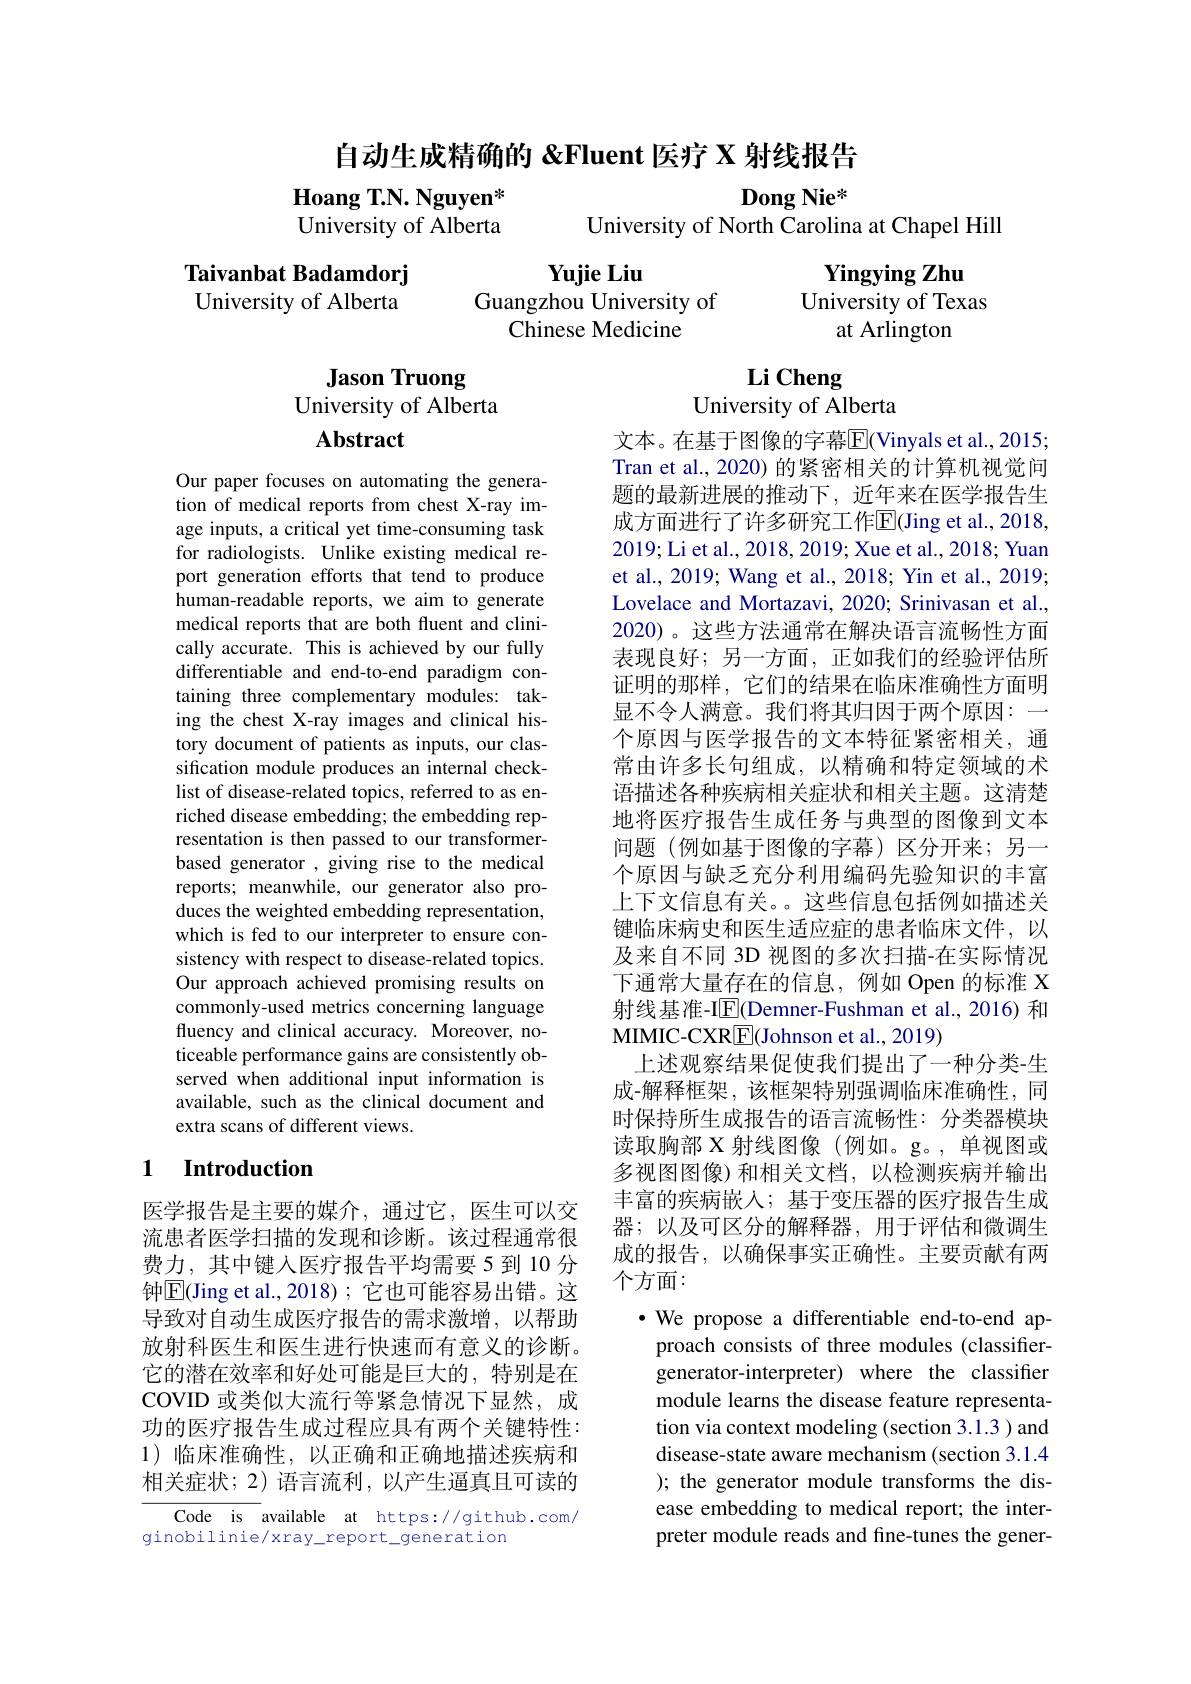
自动生成精确的 <Fluent 医疗 X 射线报告

$\mathbf{DongNie^*}$
Hoang T.N. Nguyen* University of Alberta
University of North Carolina at Chapel Hill

Taivanbat Badamdorj University of Alberta

Yingying Zhu
University of Texas
at Arlington

$\mathbf{YujieLiu}$
Guangzhou University of
Chinese Medicine

Li Cheng
University of Alberta

# Jason Truong University of Alberta Abstract

Our paper focuses on automating the generation of medical reports from chest X-ray image inputs, a critical yet time-consuming task for radiologists. Unlike existing medical report generation efforts that tend to produce human-readable reports, we aim to generate medical reports that are both fluent and clinically accurate. This is achieved by our fully differentiable and end-to-end paradigm containing three complementary modules: taking the chest X-ray images and clinical history document of patients as inputs, our classification module produces an internal checklist of disease-related topics, referred to as enriched disease embedding; the embedding representation is then passed to our transformerbased generator , giving rise to the medical reports; meanwhile, our generator also produces the weighted embedding representation, which is fed to our interpreter to ensure consistency with respect to disease-related topics. Our approach achieved promising results on commonly-used metrics concerning language fluency and clinical accuracy. Moreover, noticeable performance gains are consistently observed when additional input information is available, such as the clinical document and extra scans of different views.

文本。在基于图像的字幕$\overline{\mathrm{E}}$(Vinyals et al., 20153 Tran et al., 2020) 的紧密相关的计算机视觉问题的最新进展的推动下，近年来在医学报告生成方面进行了许多研究工作$\overline{\mathrm{E}}($Jing et al., 2018, 2019; Li et al., 2018, 2019; Xue et al., 2018; Yuan et al., 2019; Wang et al., 2018; Yin et al., 2019; Lovelace and Mortazavi, 2020; Srinivasan et al., 2020)。这些方法通常在解决语言流畅性方面表现良好；另一方面，正如我们的经验评估所证明的那样，它们的结果在临床准确性方面明显不令人满意。我们将其归因于两个原因：— 个原因与医学报告的文本特征紧密相关，通常由许多长句组成，以精确和特定领域的术语描述各种疾病相关症状和相关主题。这清楚地将医疗报告生成任务与典型的图像到文本问题(例如基于图像的字幕)区分开来；另一个原因与缺乏充分利用编码先验知识的丰富上下文信息有关。这些信息包括例如描述关键临床病史和医生适应症的患者临床文件，以及来自不同 3D 视图的多次扫描-在实际情况下通常大量存在的信息，例如 Open 的标准 X 射线基准-I$\overline{\mathrm{E}}($Demner-Fushman et al.,2016) 和MIMIC-CXR$\underline{\mathrm{E}}($Johnson et al., 2019)
上述观察结果促使我们提出了一种分类-生成-解释框架，该框架特别强调临床准确性，同时保持所生成报告的语言流畅性：分类器模块读取胸部 X 射线图像(例如。g。,单视图或多视图图像)和相关文档，以检测疾病并输出丰富的疾病嵌人；基于变压器的医疗报告生成器；以及可区分的解释器，用于评估和微调生成的报告，以确保事实正确性。主要贡献有两个方面：
$\bullet$ We propose a differentiable end-to-end ap-

# 1 Introduction

医学报告是主要的媒介，通过它，医生可以交流患者医学扫描的发现和诊断。该过程通常很费力，其中键入医疗报告平均需要 5 到 10 分钟$\boxed{\mathrm{E}}($Jing et al.,2018); 它也可能容易出错。这导致对自动生成医疗报告的需求激增，以帮助放射科医生和医生进行快速而有意义的诊断。它的潜在效率和好处可能是巨大的，特别是在COVID 或类似大流行等紧急情况下显然，成功的医疗报告生成过程应具有两个关键特性： 1)临床准确性，以正确和正确地描述疾病和相关症状；2) 语言流利，以产生逼真且可读的

proach consists of three modules (classifiergenerator-interpreter) where the classifier module learns the disease feature representation via context modeling (section 3.1.3 ) and disease-state aware mechanism (section 3.1.4 ); the generator module transforms the disease embedding to medical report; the interpreter module reads and fine-tunes the gener-

Code is available at https://github.com/
ginobilinie/xray\_report\_generation